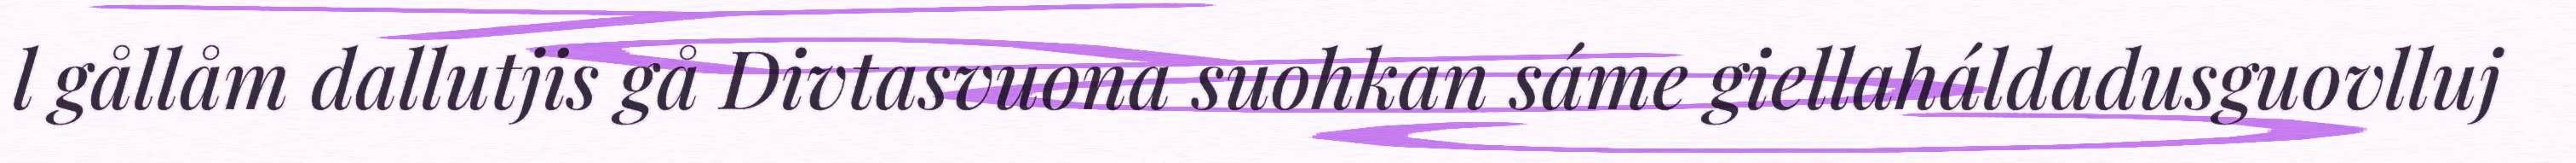
l gållåm dallutjis gå Divtasvuona suohkan sáme giellaháldadusguovlluj